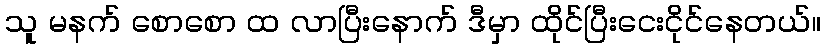
သူ မနက် စောစော ထ လာပြီးနောက် ဒီမှာ ထိုင်ပြီးငေးငိုင်နေတယ်။